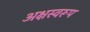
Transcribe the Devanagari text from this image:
अक्षस्वरूप